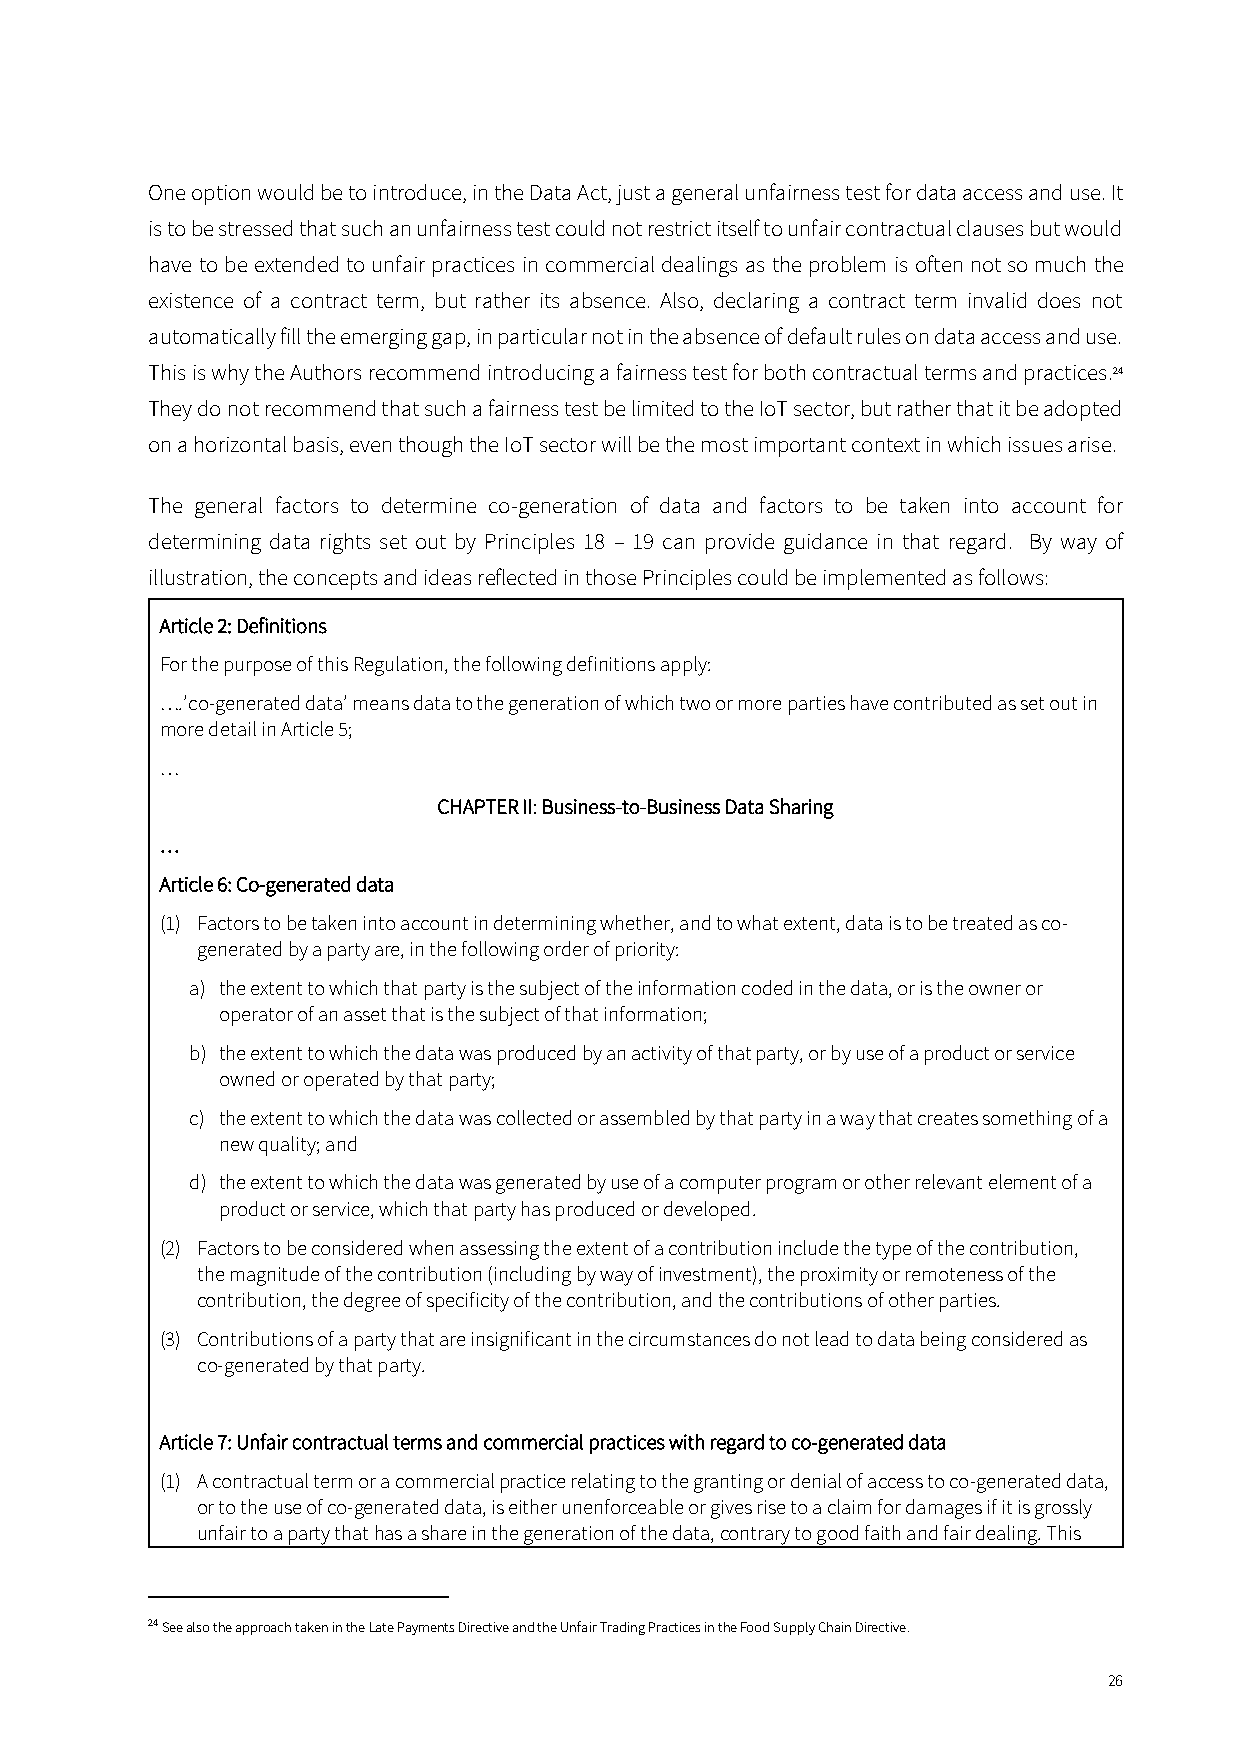
One option would be to introduce, in the Data Act, just a general unfairness test for data access and use. It
 is to be stressed that such an unfairness test could not restrict itself to unfair contractual clauses but would
 have to be extended to unfair practices in commercial dealings as the problem is often not so much the
 existence of a contract term, but rather its absence. Also, declaring a contract term invalid does not
 automatically fill the emerging gap, in particular not in the absence of default rules on data access and use.
 This is why the Authors recommend introducing a fairness test for both contractual terms and practices.24
 They do not recommend that such a fairness test be limited to the IoT sector, but rather that it be adopted
 on a horizontal basis, even though the IoT sector will be the most important context in which issues arise.
 The general factors to determine co-generation of data and factors to be taken into account for
 determining data rights set out by Principles 18 – 19 can provide guidance in that regard. By way of
 illustration, the concepts and ideas reflected in those Principles could be implemented as follows:
 Article 2: Definitions
 For the purpose of this Regulation, the following definitions apply:
 ….’co-generated data’ means data to the generation of which two or more parties have contributed as set out in
 more detail in Article 5;
 …
 CHAPTER II: Business-to-Business Data Sharing
 …
 Article 6: Co-generated data
 (1) Factors to be taken into account in determining whether, and to what extent, data is to be treated as co-
 generated by a party are, in the following order of priority:
 a) the extent to which that party is the subject of the information coded in the data, or is the owner or
 operator of an asset that is the subject of that information;
 b) the extent to which the data was produced by an activity of that party, or by use of a product or service
 owned or operated by that party;
 c) the extent to which the data was collected or assembled by that party in a way that creates something of a
 new quality; and
 d) the extent to which the data was generated by use of a computer program or other relevant element of a
 product or service, which that party has produced or developed.
 (2) Factors to be considered when assessing the extent of a contribution include the type of the contribution,
 the magnitude of the contribution (including by way of investment), the proximity or remoteness of the
 contribution, the degree of specificity of the contribution, and the contributions of other parties.
 (3) Contributions of a party that are insignificant in the circumstances do not lead to data being considered as
 co-generated by that party.
 Article 7: Unfair contractual terms and commercial practices with regard to co-generated data
 (1) A contractual term or a commercial practice relating to the granting or denial of access to co-generated data,
 or to the use of co-generated data, is either unenforceable or gives rise to a claim for damages if it is grossly
 unfair to a party that has a share in the generation of the data, contrary to good faith and fair dealing. This
 24 See also the approach taken in the Late Payments Directive and the Unfair Trading Practices in the Food Supply Chain Directive.
 26